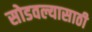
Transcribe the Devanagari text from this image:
सोडवल्यासाठी